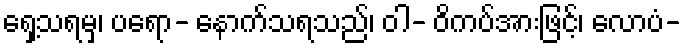
ရှေ့သရမှ၊ ပရော- နောက်သရသည်၊ ဝါ- ဝိကပ်အားဖြင့်၊ လောပံ-